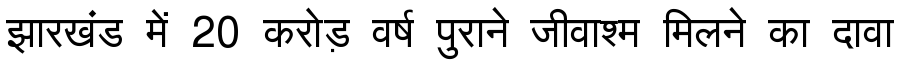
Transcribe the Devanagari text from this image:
झारखंड में 20 करोड़ वर्ष पुराने जीवाश्म मिलने का दावा